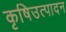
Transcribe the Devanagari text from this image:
कृषिउत्पादन